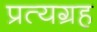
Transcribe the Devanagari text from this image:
प्रत्यग्रह